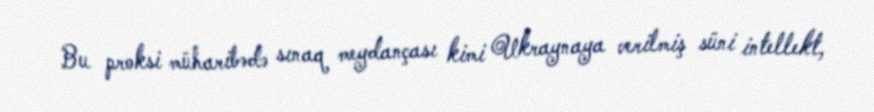
Bu proksi müharibədə sınaq meydançası kimi Ukraynaya verilmiş süni intellekt,